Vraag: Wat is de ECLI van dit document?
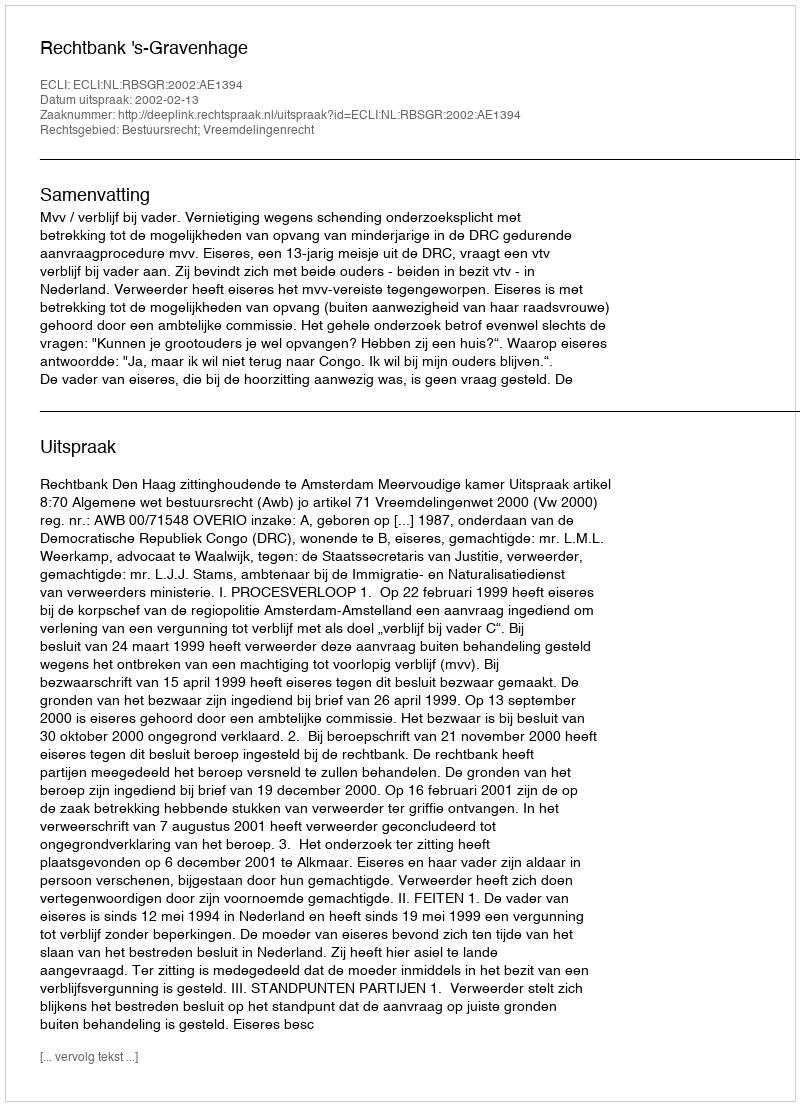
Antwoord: ECLI:NL:RBSGR:2002:AE1394